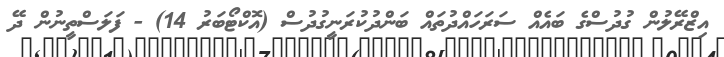
އިޒްރޭލުން ގުދުސްގެ ބައެއް ސަރަހައްދުތައް ބަންދުކުރަނީގުދުސް (އޮކްޓޯބަރު 14) - ފަަަލަސްތީނުން ދޭ